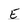
Character: E